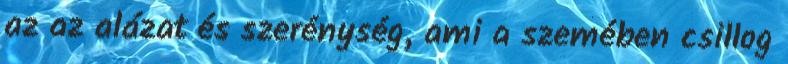
az az alázat és szerénység, ami a szemében csillog